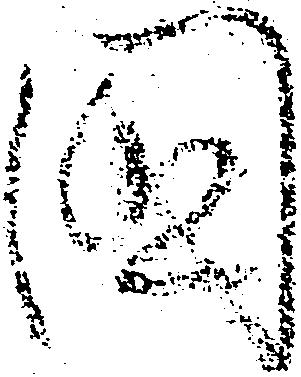
国